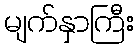
မျက်နှာကြီး